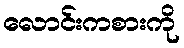
လောင်းကစားကို